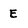
Character: E